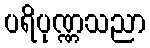
ပရိပုဏ္ဏသညာ